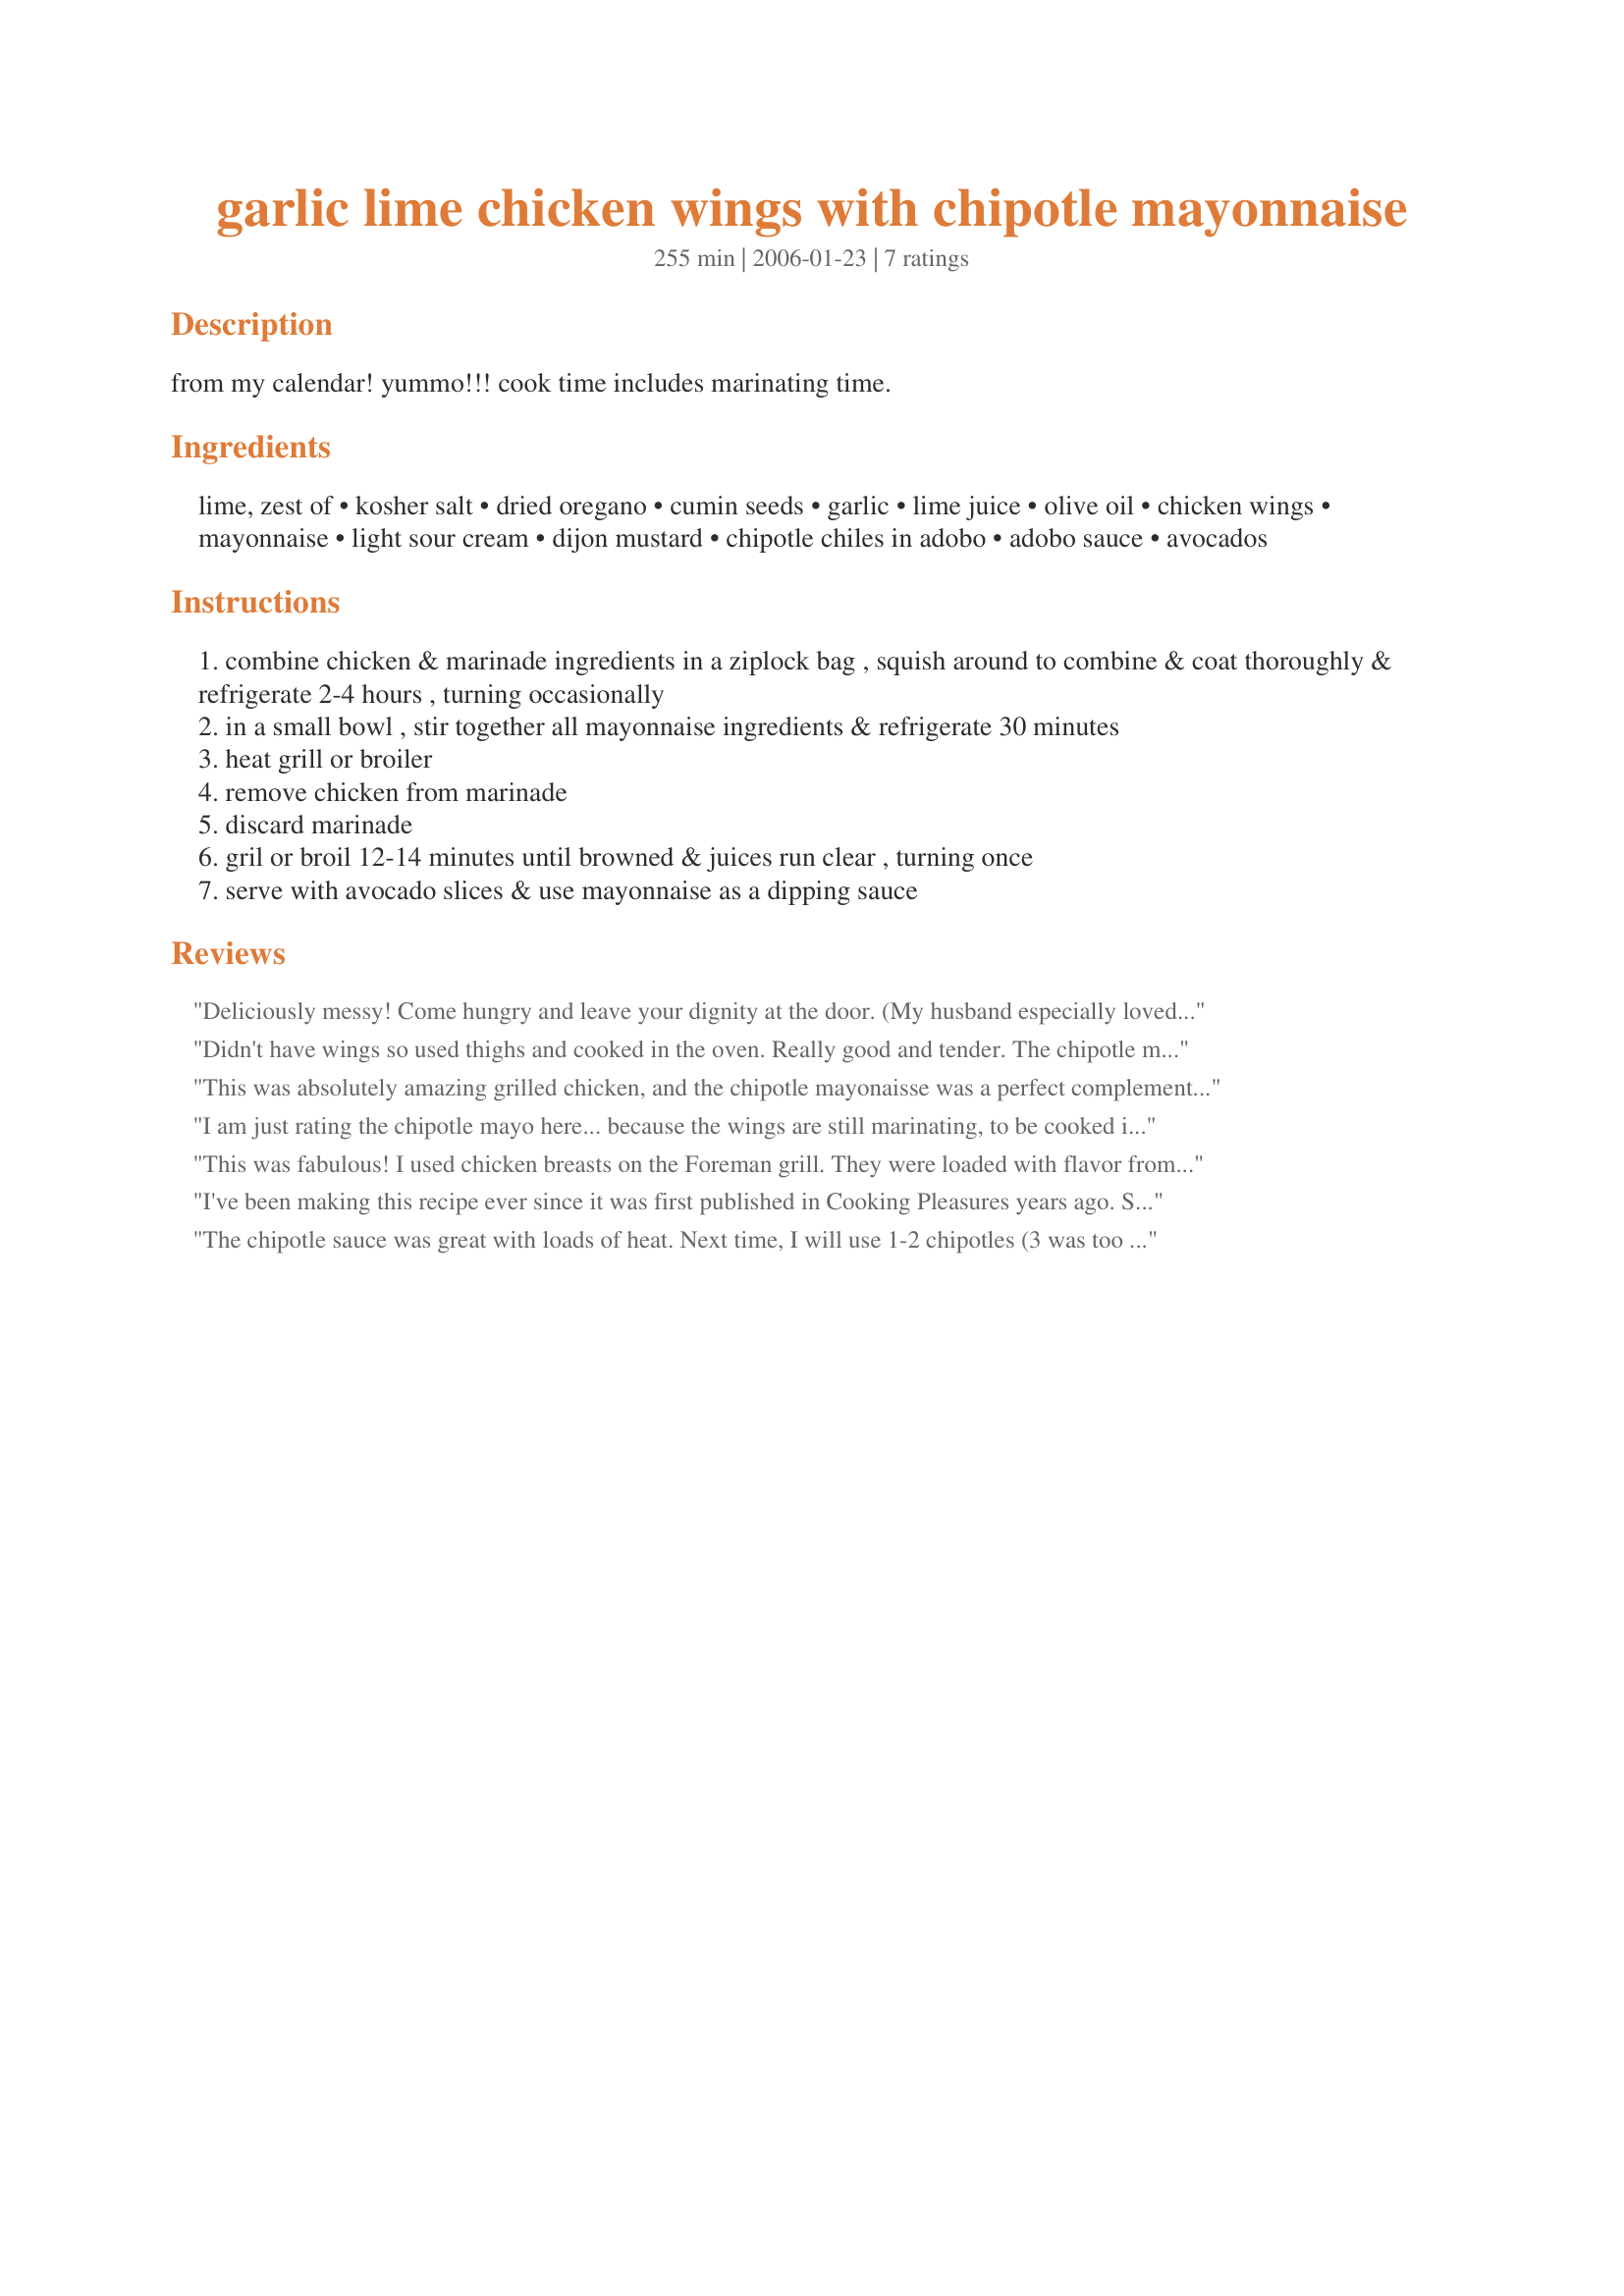
garlic lime chicken wings with chipotle mayonnaise
Preparation time: 255 minutes

from my calendar! yummo!!! cook time includes marinating time.

Ingredients:
lime, zest of, kosher salt, dried oregano, cumin seeds, garlic, lime juice, olive oil, chicken wings, mayonnaise, light sour cream, dijon mustard, chipotle chiles in adobo, adobo sauce, avocados

Steps:
combine chicken & marinade ingredients in a ziplock bag , squish around to combine & coat thoroughly & refrigerate 2-4 hours , turning occasionally
in a small bowl , stir together all mayonnaise ingredients & refrigerate 30 minutes
heat grill or broiler
remove chicken from marinade
discard marinade
gril or broil 12-14 minutes until browned & juices run clear , turning once
serve with avocado slices & use mayonnaise as a dipping sauce

Reviews:
Deliciously messy! Come hungry and leave your dignity at the door. (My husband especially loved the chipotle mayo.) Made for A-NZ#61 recipe tag.
Didn't have wings so used thighs and cooked in the oven. Really good and tender. The chipotle mayo was so good, my husband used it to dip his fried squash in and will also use it for a dip with a vegetable platter! Thank you!
This was absolutely amazing grilled chicken, and the chipotle mayonaisse was a perfect complement! Very simple recipe - I wouldn't change a thing! Hubby loved it, too!
I am just rating the chipotle mayo here... because the wings are still marinating, to be cooked in a couple hours! The mayo is half gone, eaten with tortilla chips.... YUM! Have to fight off the ravenous, lusting, craving maniacs...to have some left for dinner! I only used 2 chipotle peppers and it was perfect for this house. (maybe should have used more, to keep them from eating so much, lol!)
This was fabulous! I used chicken breasts on the Foreman grill. They were loaded with flavor from the marinade and the chipotle mayo put them over the top! You must try this easy recipe!
I've been making this recipe ever since it was first published in Cooking Pleasures years ago.

Some suggestions:
* Pierce all the wings with a fork
* Separate your wing pieces before cooking
* Marinate for 8-24 hours to allow the marinade to penetrate the meat
* Cook over medium-high heat, watch for flare-ups, and get the skin crispy before turning each piece
The chipotle sauce was great with loads of heat. Next time, I will use 1-2 chipotles (3 was too spicy). I used chicken legs (with skin). The chicken tasted a little bland but when smeared with the chipotle sauce it was good. Thank you for the posting.
